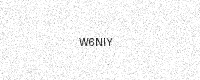
Text: W6NIY